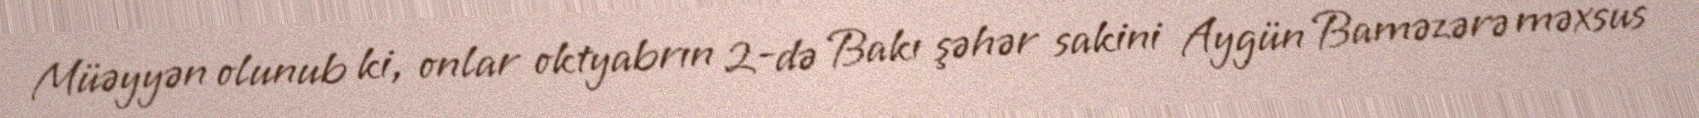
Müəyyən olunub ki, onlar oktyabrın 2-də Bakı şəhər sakini Aygün Baməzərə məxsus